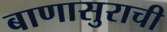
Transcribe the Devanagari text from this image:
बाणासुराची